Triennial report on the lunatic asylums in the province of Eastern Bengal and Assam - 1903-1911
Year: 1903
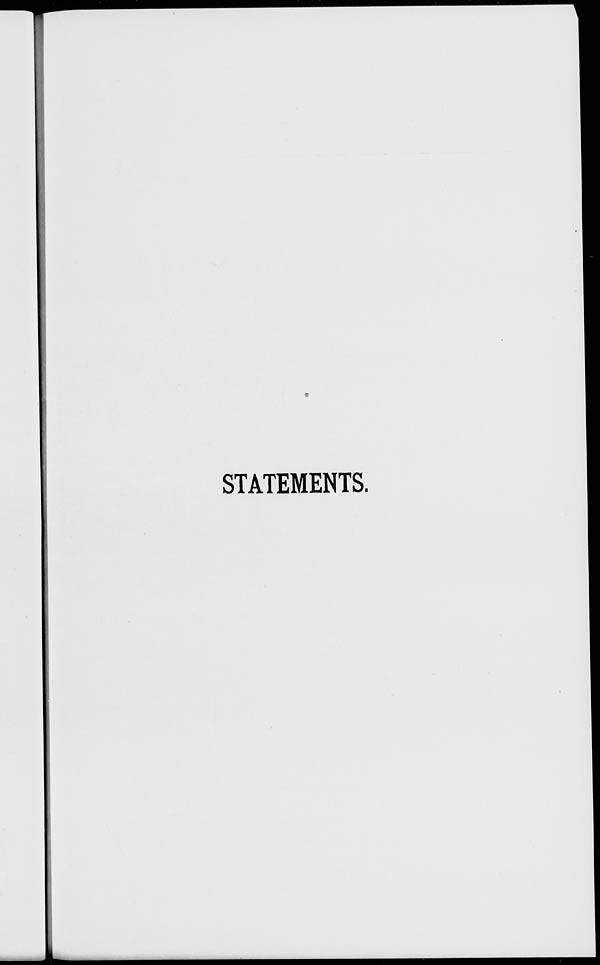
STATEMENTS.